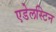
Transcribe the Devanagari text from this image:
एडेलस्टिन